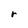
Character: r